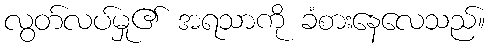
လွတ်လပ်မှု၏ အရသာကို ခံစားနေလေသည်။